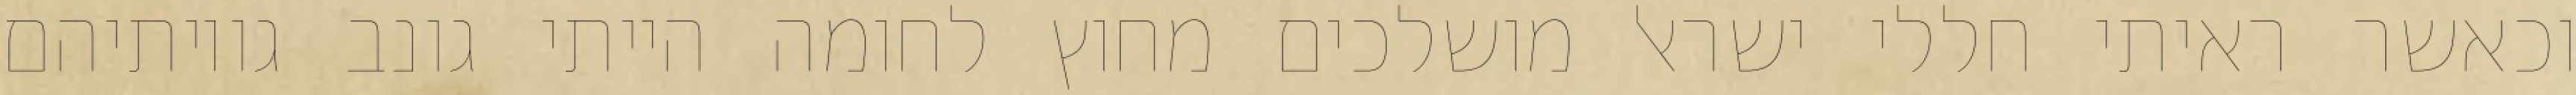
וכאשר ראיתי חללי ישראל מושלכים מחוץ לחומה הייתי גונב גויותיהם